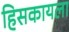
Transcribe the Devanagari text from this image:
हिसकायला